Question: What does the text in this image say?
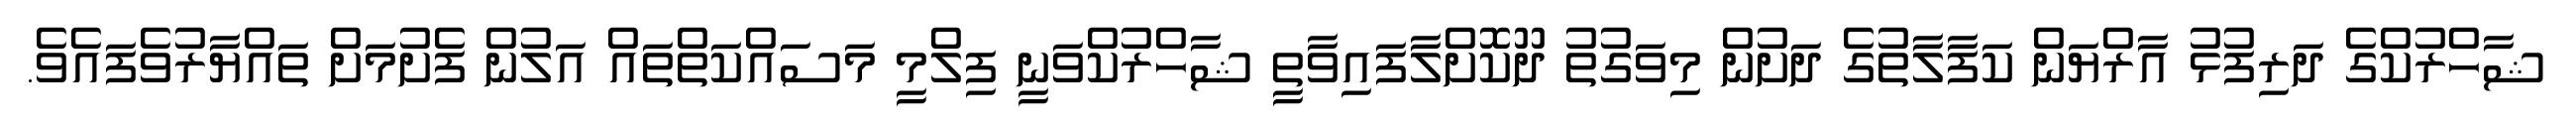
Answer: ޝާހްރުކްގެ ދަރިފުޅު އާރްޔަން ކަފާލާތުގެ ދަށުން މިވަގުތު ދޫކޮށްލާފައިވާތީ ޝާހްރުކްވަނީ ފިލްމީ މަސައްކަތްތައް އަލުން ފެށުމަށް ތައްޔާރުވެފައެވެ.